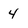
Character: 4